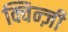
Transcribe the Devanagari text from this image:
क्विन्ज़ी